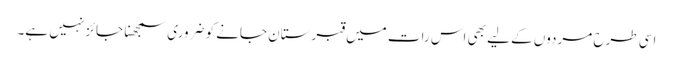
اسی طرح مردوں کے لیے بھی اس رات میں قبرستان جانے کو ضروری سمجھنا جائز نہیں ہے۔